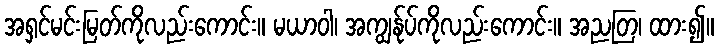
အရှင်မင်းမြတ်ကိုလည်းကောင်း။ မယာဝါ၊ အကျွန်ုပ်ကိုလည်းကောင်း။ အညတြ၊ ထား၍။